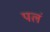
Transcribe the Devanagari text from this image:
पलं